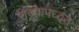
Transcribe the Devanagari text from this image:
राज्यापध्दत